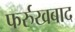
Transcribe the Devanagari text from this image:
फर्रुखबाद